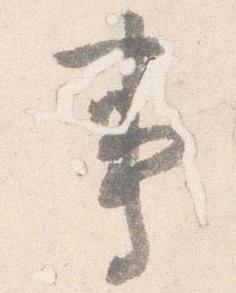
事